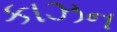
કાઝન